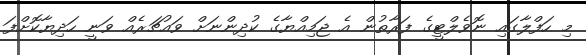
މި ހަފްލާގައި ނޮވެލްޓީގެ ފަރާތުން އެ ޖަމިއްޔާގެ ކުދިންނަށް ވައުޗަރެއް ވަނީ ހަދިޔާކޮށްފަ